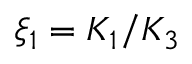
\xi _ { 1 } = K _ { 1 } / K _ { 3 }